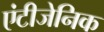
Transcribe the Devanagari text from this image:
एंटीजेनिक